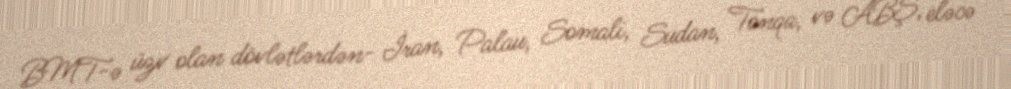
BMT-ə üzv olan dövlətlərdən- İran, Palau, Somali, Sudan, Tonqa, və ABŞ, eləcə